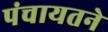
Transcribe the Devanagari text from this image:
पंचायतने